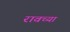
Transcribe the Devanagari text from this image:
रावच्या